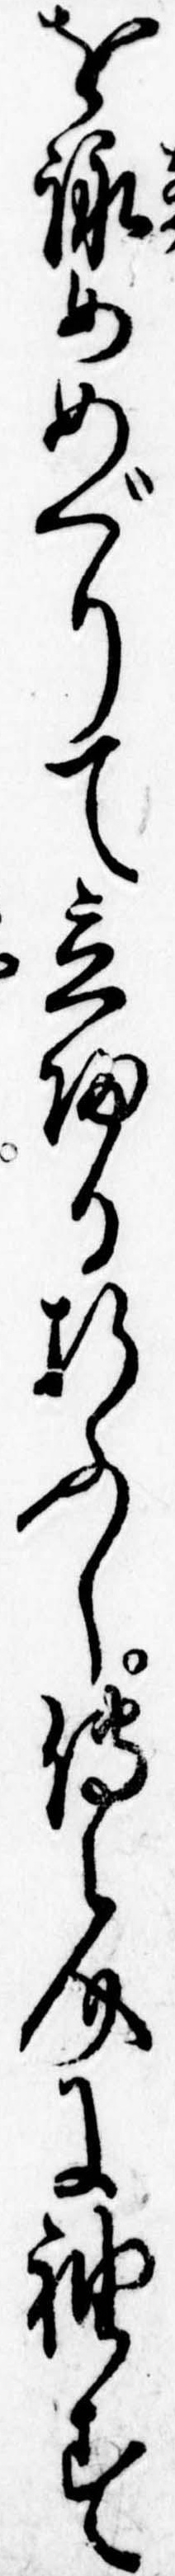
を詠めめぐりて立帰る折ふし伝之介に袖す